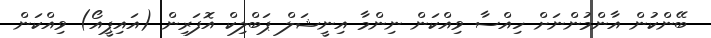
ބޭންކުން އާންމުންނަށް ހިއްސާ ވިއްކަން ނިންމާ އިނީޝަލް ޕަބްލިކް އޮފަރިން (އައިޕީއޯ) ވިއްކަން